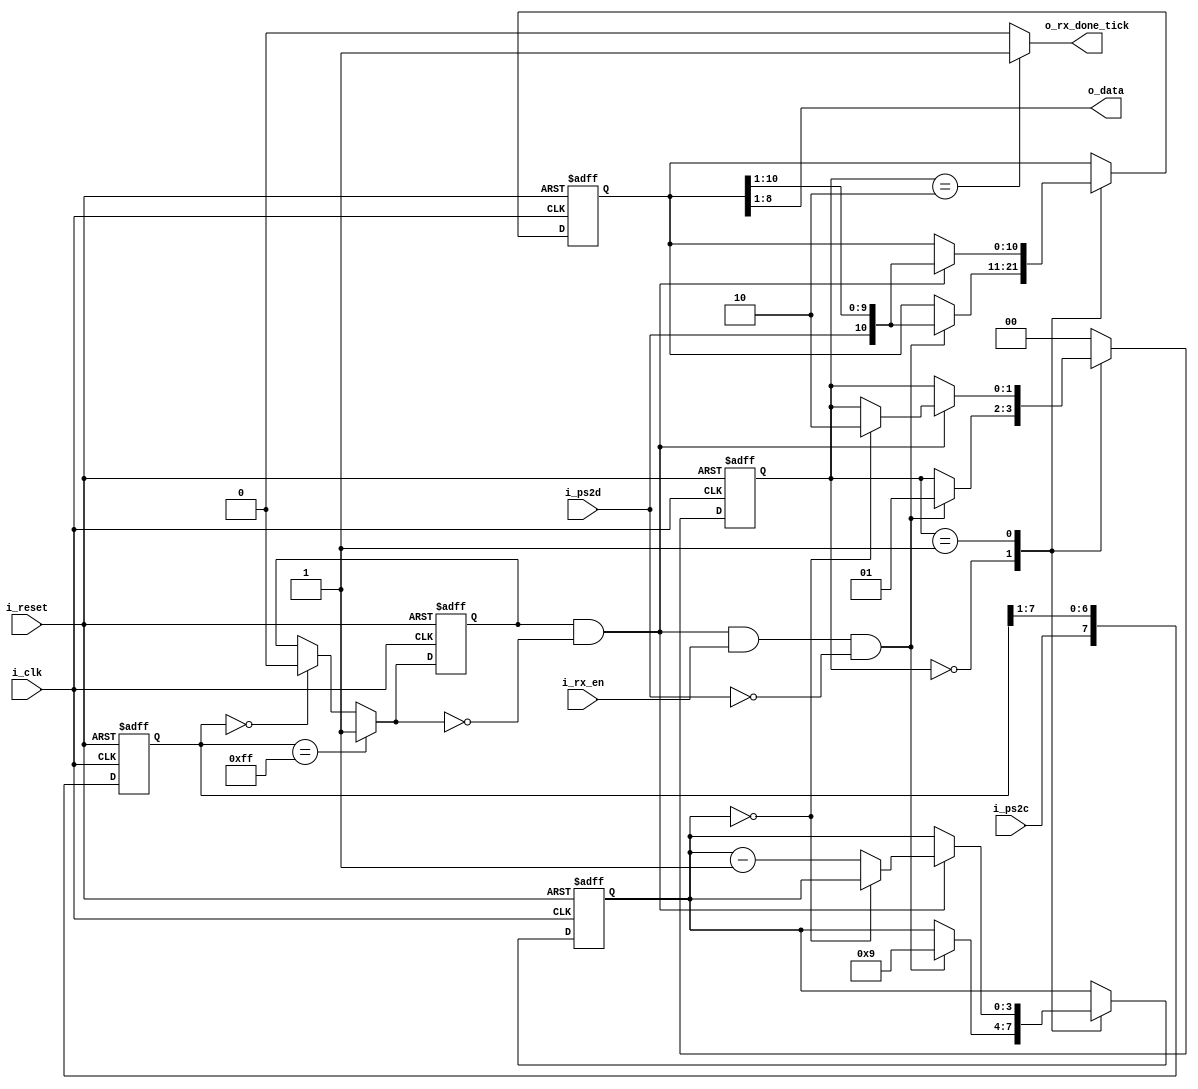
module ps2_rx(
    input i_clk, i_reset,
    input i_ps2d,                //ps2 data line, inncluding 1 start bit (0), 8 data bits, odd parity bit, and stop bit (1). idle bit 1
    input i_ps2c,                //ps2 clock line, read bits of ps2d on negative edge 
    input i_rx_en,               //receives if rx_en is 1 and detects start bit
    output reg o_rx_done_tick,   //done tick after stop bit received
    output wire [7:0] o_data     //8 data bit output from read
    );
    
    //state declaration
    localparam [1:0] idle = 2'b00,
                     rx   = 2'b01,
                     load = 2'b10;
    
    reg  [1:0] s_state_reg, s_state_next; //register to hold current and next state data
    
    reg  [7:0] s_filter_reg;  //register holds last 8 sampled clock signals from i_ps2c
    wire [7:0] s_filter_next;
    reg  s_f_ps2c_reg;        //register holds filtered clock signal that updates after same bit read for 8 samples from i_ps2c (s_filter_reg has same 8 bits)
    wire s_f_ps2c_next;
    wire s_fall_edge;        //falling edge 1 when current f_ps2c is 1 and next f_ps2c is 0. used to tell when to scan i_ps2d in FSMD 

    reg [3:0] s_n_reg, s_n_next;  //counter for n'th bit read
    reg [10:0] s_b_reg, s_b_next; //reg to collect data bits, shifts in as recieved similar to uart ((1 start bit, 8 data bits, 1 parity bit, 1 stop bit)
        
    //filter and falling edge tick generation for ps2c
    always @(posedge i_clk, posedge i_reset)
        if(i_reset)
            begin
                s_filter_reg <= 0;
                s_f_ps2c_reg <= 0;
            end
        else
            begin
                s_filter_reg <= s_filter_next;
                s_f_ps2c_reg <= s_f_ps2c_next;
            end
            
    assign s_filter_next = {i_ps2c, s_filter_reg[7:1]}; //appends sampled ps2c clock signal to MSB, shifts out LSB of s_filter_reg to compare new clock signal to previous 7 sampled
    
    assign s_f_ps2c_next = (s_filter_reg == 8'b11111111) ? 1'b1 : //update filtered clock signal to 1 if last 8 samples were 1
                           (s_filter_reg == 8'b00000000) ? 1'b0 : //update filtered clock signal to 0 if last 8 samples were 0
                            s_f_ps2c_reg;                         //otherwise, keep previous filtered clock signal until same 8 samples
                            
    assign s_fall_edge = s_f_ps2c_reg && ~s_f_ps2c_next; //falling edge tick if previous f_ps2c was 1 and next f_ps2c is 0 (1 to 0, falling)
    
    // FSMD for data rx
    //state and data registers
    always @(posedge i_clk, posedge i_reset)
        if(i_reset)
            begin
                s_state_reg <= 0;
                s_n_reg     <= 0;
                s_b_reg     <= 0;
            end
        else
            begin
                s_state_reg <= s_state_next;
                s_n_reg     <= s_n_next;
                s_b_reg     <= s_b_next;
            end
    
    //next-state logic
    always @*
        begin
            s_state_next = s_state_reg;
            s_n_next = s_n_reg;
            s_b_next = s_b_reg;
            
            o_rx_done_tick = 1'b0;
            
            case(s_state_reg)
                idle:
                    if(s_fall_edge && i_rx_en && i_ps2d == 1'b0) //start collecting if ps2c falling edge, i_rx_en active, and start bit is 0
                        begin
                            s_state_next = rx;
                            s_n_next = 4'b1001; //9 more bits to collect (8 data bits, 1 parity bit)
                            s_b_next = {i_ps2d, s_b_reg[10:1]}; //shift in start bit as MSB
                        end
                rx:
                    if(s_fall_edge) //if falling edge of clock
                        begin
                            s_b_next = {i_ps2d, s_b_reg[10:1]}; //shift in data bits, then finally parity bit when n = 0
                            if(s_n_reg == 0)
                                s_state_next = load;
                            else
                                s_n_next = s_n_reg - 1;
                        end
                load: //1 extra clock cycle needed to load s_b_next
                    begin
                        s_state_next = idle;
                        o_rx_done_tick = 1'b1;
                    end
                default: s_state_next = idle;
            endcase
        end
    
    //output logic
    assign o_data = s_b_reg[8:1]; //data bits output
    
endmodule